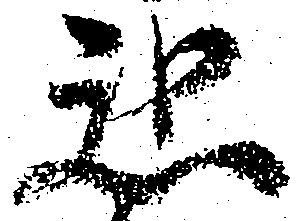
惑